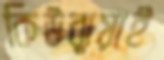
কিউঝুয়াই